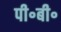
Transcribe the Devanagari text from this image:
पी॰बी॰